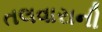
તલવારાની